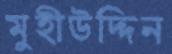
মুহীউদ্দিন